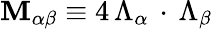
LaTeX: \mathbf{M}_{\alpha\beta}\equiv4\, \Lambda_{\alpha}\, \cdot\, \Lambda_{\beta}